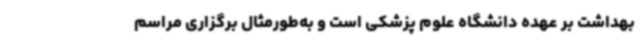
بهداشت بر عهده دانشگاه علوم پزشکی است و به‌طورمثال برگزاری مراسم